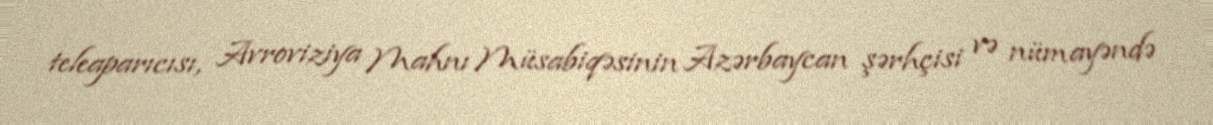
teleaparıcısı, Avroviziya Mahnı Müsabiqəsinin Azərbaycan şərhçisi və nümayəndə